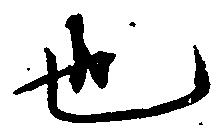
也